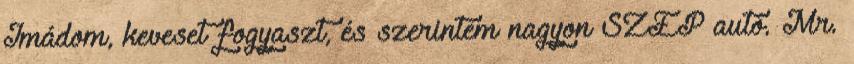
Imádom, keveset fogyaszt, és szerintem nagyon SZÉP autó. Mr.